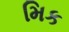
મિક